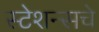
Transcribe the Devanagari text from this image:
स्टेशन्सचे